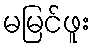
မမြင်ဖူး